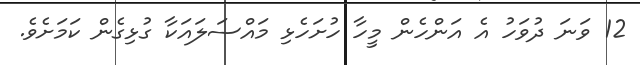
12 ވަނަ ދުވަހު އެ އަންހެން މީހާ ހުށަހެޅި މައްސަލައަކާ ގުޅިގެން ކަމަށެވެ.